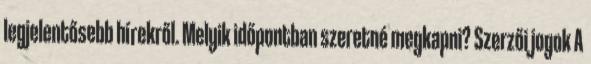
legjelentősebb hírekről. Melyik időpontban szeretné megkapni? Szerzői jogok A